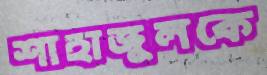
শাহাজুলকে